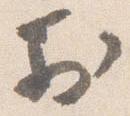
於